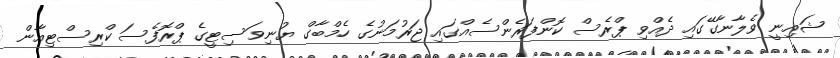
ޝައިނީ ވެލާނާގޭގައި ދެއްވި ޕްރެސް ކޮންފަރެންސެއްގައި ޖަރުމަނުގެ ހެމްބާގް ޔުނިވަސިޓީގެ ޕްރޮފެސަ ކްރިސްޓިއާން